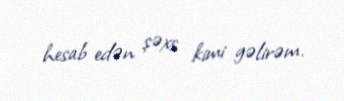
hesab edən şəxs kimi gəlirəm.